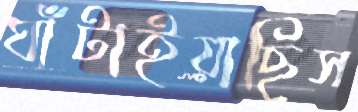
ঘাঁটাইয়াছিস